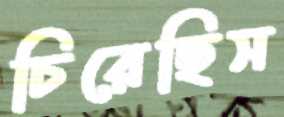
চিরেছিস